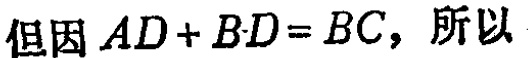
但因 \(AD + BD = BC\)，所以